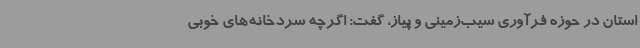
استان در حوزه فرآوری سیب‌زمینی و پیاز، گفت: اگرچه سردخانه‌های خوبی